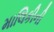
માલિકીની